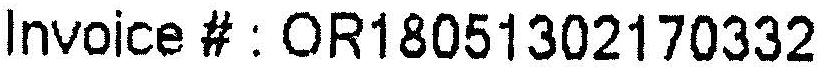
INVOICE # : OR18051302170332